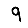
Digit: 9